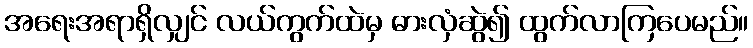
အရေးအရာရှိလျှင် လယ်ကွက်ထဲမှ ဓားလှံဆွဲ၍ ထွက်လာကြပေမည်။